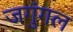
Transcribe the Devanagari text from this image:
जगुंगल